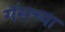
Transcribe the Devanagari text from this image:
गॅसच्या